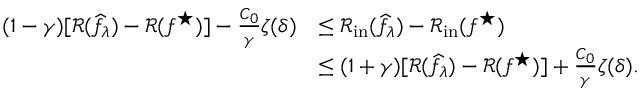
\begin{array} { r l } { ( 1 - \gamma ) [ \mathcal { R } ( \widehat { f } _ { \lambda } ) - \mathcal { R } ( f ^ { \star } ) ] - \frac { C _ { 0 } } { \gamma } \zeta ( \delta ) } & { \leq \mathcal { R } _ { \mathrm { i n } } ( \widehat { f } _ { \lambda } ) - \mathcal { R } _ { \mathrm { i n } } ( f ^ { \star } ) } \\ & { \leq ( 1 + \gamma ) [ \mathcal { R } ( \widehat { f } _ { \lambda } ) - \mathcal { R } ( f ^ { \star } ) ] + \frac { C _ { 0 } } { \gamma } \zeta ( \delta ) . } \end{array}